Lunatic asylums Central Provinces reports 1895-1909 - 1895-1909
Year: 1895
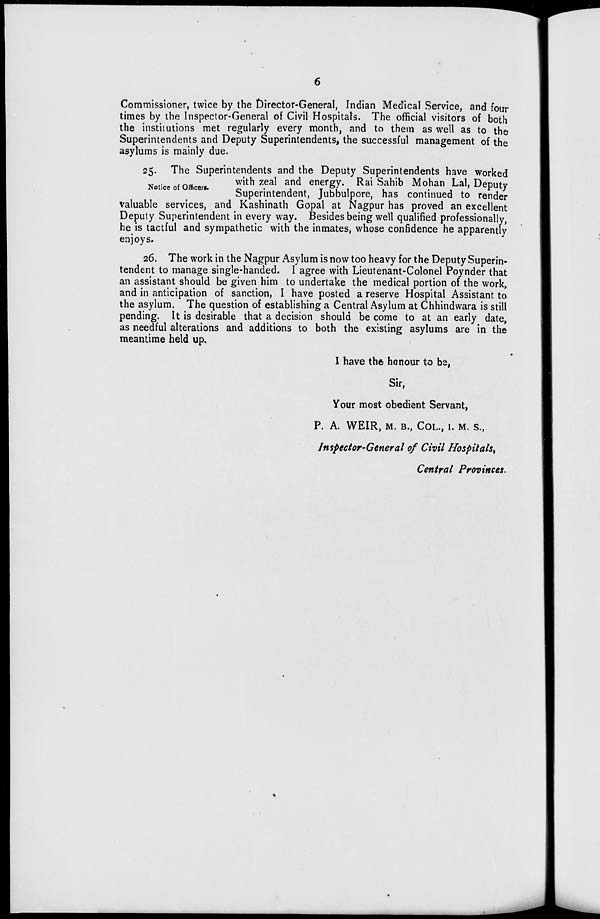
6
Commissioner, twice by the Director-General, Indian Medical Service, and four
times by the Inspector-General of Civil Hospitals. The official visitors of both
the institutions met regularly every month, and to them as well as to the
Superintendents and Deputy Superintendents, the successful management of the
asylums is mainly due.
Notice of Officers.
25. The Superintendents and the Deputy Superintendents have worked
with zeal and energy. Rai Sahib Mohan Lal, Deputy
Superintendent, Jubbulpore, has continued to render
valuable services, and Kashinath Gopal at Nagpur has proved an excellent
Deputy Superintendent in every way. Besides being well qualified professionally,
he is tactful and sympathetic with the inmates, whose confidence he apparently
enjoys.
26. The work in the Nagpur Asylum is now too heavy for the Deputy Superin-
tendent to manage single-handed. I agree with Lieutenant-Colonel Poynder that
an assistant should be given him to undertake the medical portion of the work,
and in anticipation of sanction, I have posted a reserve Hospital Assistant to
the asylum, The question of establishing a Central Asylum at Chhindwara is still
pending. It is desirable that a decision should be come to at an early date,
as needful alterations and additions to both the existing asylums are in the
meantime held up.
I have the honour to be,
Sir,
Your most obedient Servant,
P. A. WEIR, M. B., COL., I. M. S.,
Inspector-General of Civil Hospitals,
Central Provinces.